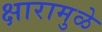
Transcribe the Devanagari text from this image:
क्षारामुळे